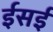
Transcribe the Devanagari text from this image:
ईसई